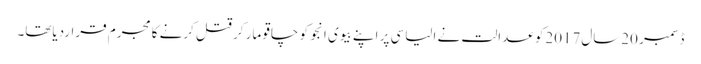
ڈسمبر 20سال2017کو عدالت نے الیاسی پر اپنے بیوی انجو کو چاقو مار کر قتل کرنے کا مجرم قراردیاتھا۔